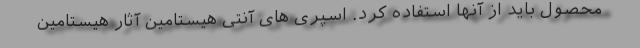
محصول باید از آنها استفاده کرد. اسپری های آنتی هیستامین آثار هیستامین